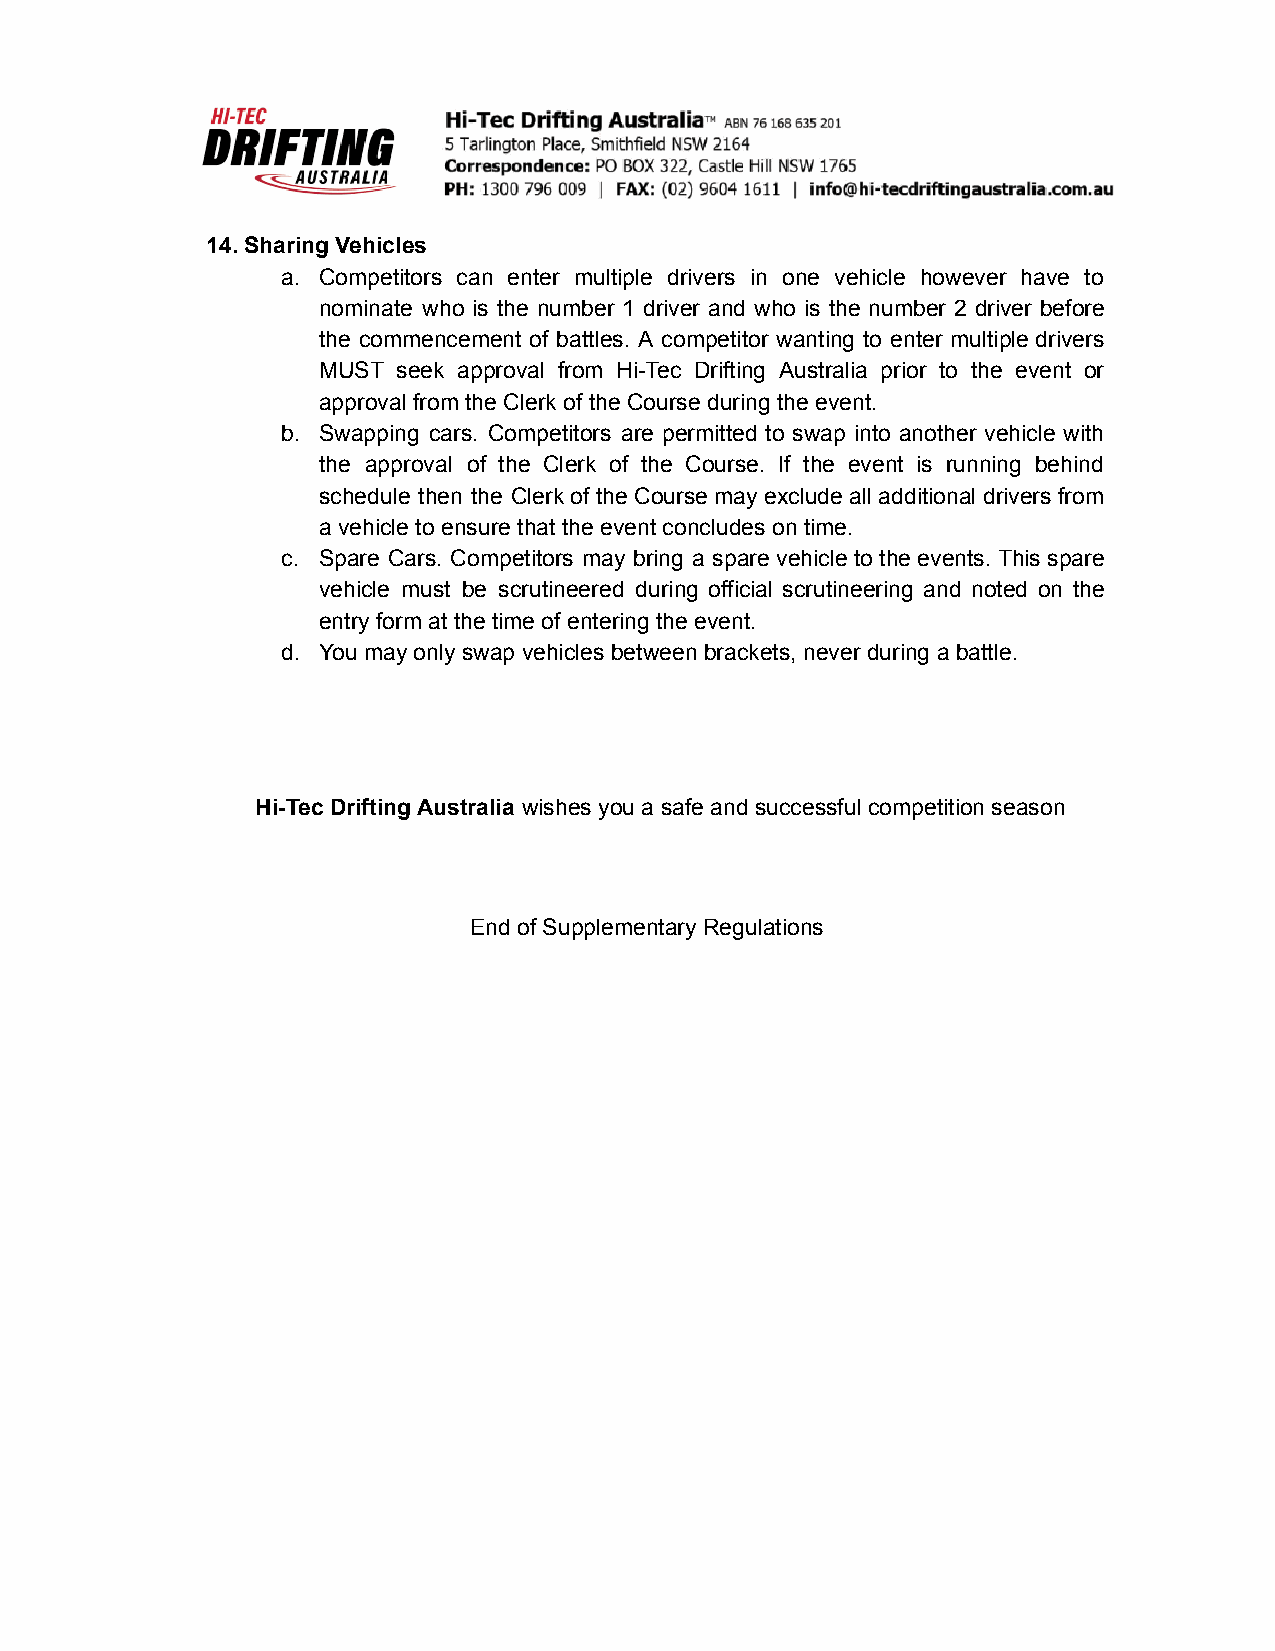
14.Sharing Vehicles
 a. Competitors can enter multiple drivers in one vehicle however have to
 nominate who is the number 1 driver and who is the number 2 driver before
 the commencement of battles. A competitor wanting to enter multiple drivers
 MUST seek approval from Hi-Tec Drifting Australia prior to the event or
 approval from the Clerk of the Course during the event.
 b. Swapping cars. Competitors are permitted to swap into another vehicle with
 the approval of the Clerk of the Course. If the event is running behind
 schedule then the Clerk of the Course may exclude all additional drivers from
 a vehicle to ensure that the event concludes on time.
 c. Spare Cars. Competitors may bring a spare vehicle to the events. This spare
 vehicle must be scrutineered during official scrutineering and noted on the
 entry form at the time of entering the event.
 d. You may only swap vehicles between brackets, never during a battle.
 Hi-Tec Drifting Australia wishes you a safe and successful competition season
 End of Supplementary Regulations